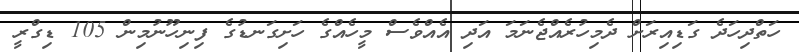
ހަތްދިހަދެ ގަޑިއިރަށް ދެމިހުރެއްޖެނަމަ އަދި އެއްވެސް މީހެއްގެ ހަށިގަނޑުގެ ފިނިހޫނުމިން 105 ޑިގްރީ